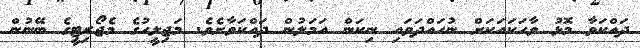
ދައްކަވާ މޮޅު ވާހަކައަކަށް ނުހައްދަވައި ނިކަން އަމަލުން ދައްކަވާށެވެ. މަޖިލީހުގެ މެޖޯރިޓީގެ ބޭނުން